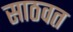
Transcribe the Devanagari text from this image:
साठवत